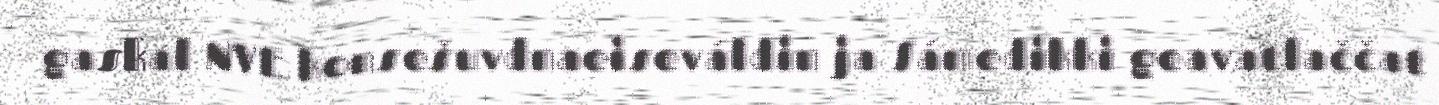
gaskal NVE konsešuvdnaeiseváldin ja Sámedikki geavatlaččat